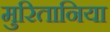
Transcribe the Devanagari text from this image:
मुरितानिया